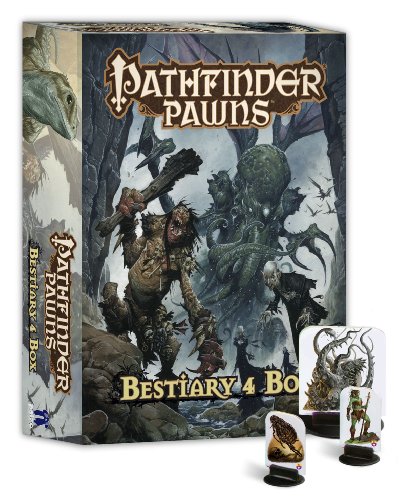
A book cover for Pathfinder Pawns: Bestiary 4 Box; Science Fiction & Fantasy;